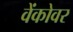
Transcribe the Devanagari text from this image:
वेंकोवर